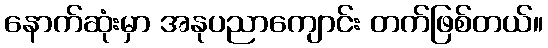
နောက်ဆုံးမှာ အနုပညာကျောင်း တက်ဖြစ်တယ်။